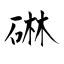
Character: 碄